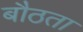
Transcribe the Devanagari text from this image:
बौठता